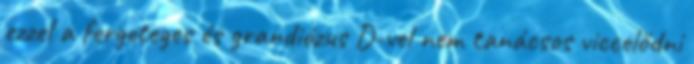
ezzel a fergeteges és grandiózus D-vel nem tanácsos viccelődni